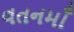
વતનમાઁ